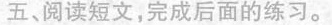
五、阅读短文，完成后面的练习。